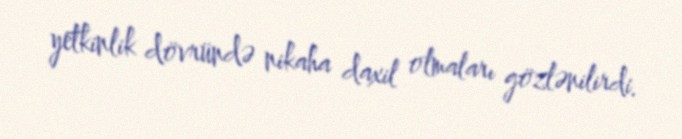
yetkinlik dövründə nikaha daxil olmaları gözlənilirdi.